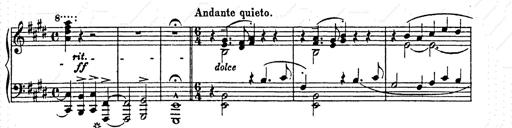
Title: AnnÃ©es de pÃ¨lerinage II
Composer: Franz Liszt